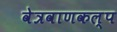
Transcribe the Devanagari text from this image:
वेत्रवाणकल्प